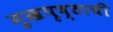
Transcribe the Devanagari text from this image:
मुखपृष्ठाची